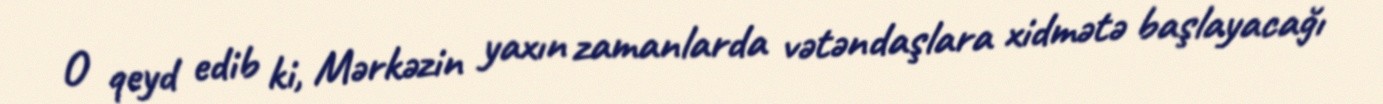
O qeyd edib ki, Mərkəzin yaxın zamanlarda vətəndaşlara xidmətə başlayacağı